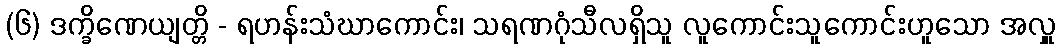
(၆) ဒက္ခိဏေယျတ္တိ - ရဟန်းသံဃာကောင်း၊ သရဏဂုံသီလရှိသူ လူကောင်းသူကောင်းဟူသော အလှူ